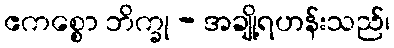
ဧကစ္စော ဘိက္ခု - အချို့ရဟန်းသည်၊